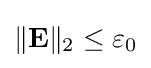
{\textstyle \|\mathbf {E} \|_{2}\leq \varepsilon _{0}}